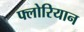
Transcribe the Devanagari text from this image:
फ्लोरियान